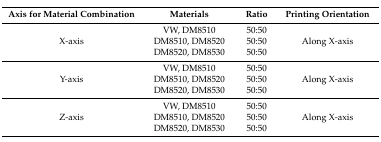
<table><thead><tr><td><b>Axis for Material Combination</b></td><td><b>Materials</b></td><td><b>Ratio</b></td><td><b>Printing Orientation</b></td></tr></thead><tbody><tr><td>X-axis</td><td>VW, DM8510DM8510, DM8520DM8520, DM8530</td><td>50:5050:5050:50</td><td>Along X-axis</td></tr><tr><td>Y-axis</td><td>VW, DM8510DM8510, DM8520DM8520, DM8530</td><td>50:5050:5050:50</td><td>Along X-axis</td></tr><tr><td>Z-axis</td><td>VW, DM8510DM8510, DM8520DM8520, DM8530</td><td>50:5050:5050:50</td><td>Along X-axis</td></tr></tbody></table>